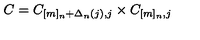
C = C _ { [ m ] _ { n } + \Delta _ { n } ( j ) , j } \times C _ { [ m ] _ { n } , j }